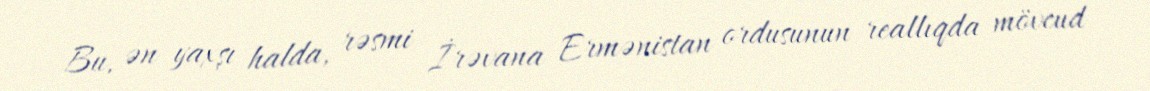
Bu, ən yaxşı halda, rəsmi İrəvana Ermənistan ordusunun reallıqda mövcud